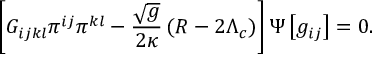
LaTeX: \left[ G _ { i j k l } \pi ^ { i j } \pi ^ { k l } - \frac { \sqrt { g } } { 2 \kappa } \left( R - 2 \Lambda _ { c } \right) \right] \Psi \left[ g _ { i j } \right] = 0 .